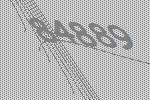
84889